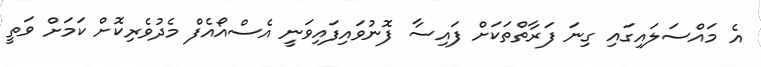
އެ މައްސަލައިގައި ގިނަ ފަރާތްތަކަށް ފައިސާ ފޮނުވައިފައިވަނީ އެސްއޯއެފް މެދުވެރިކޮށް ކަމަށް ވަތީ